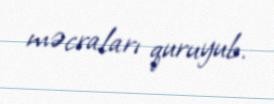
məcraları quruyub.